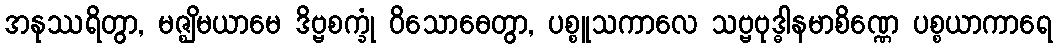
အနုဿရိတွာ, မဇ္ဈိမယာမေ ဒိဗ္ဗစက္ခုံ ဝိသောဓေတွာ, ပစ္စူသကာလေ သဗ္ဗဗုဒ္ဓါနမာစိဏ္ဏေ ပစ္စယာကာရေ